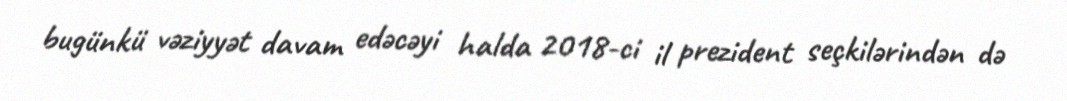
bugünkü vəziyyət davam edəcəyi halda 2018-ci il prezident seçkilərindən də